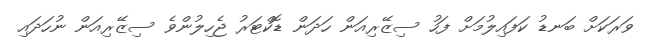
ވަރަކަށް ބަނޑު ކަފައިލުމަށް ފަހު ސިޒޭރިއަން ހަދަން ޑޮކްޓަރު ޖެހިލުންވެ ސިޒޭރިއަން ނުހަދައި